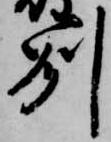
州